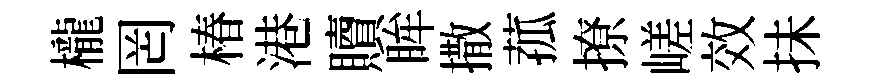
櫳罔椿港贖眸撒菰撩嵯效抺